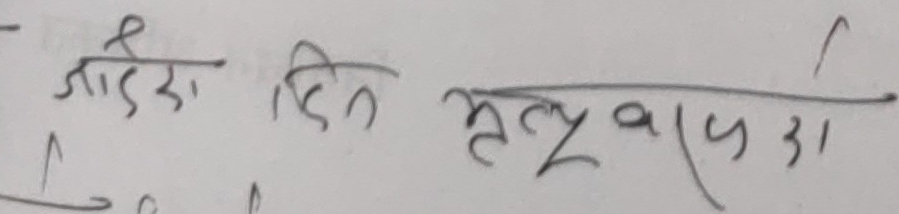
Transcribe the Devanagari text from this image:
जाडोमा दिन मृत्यु भयो